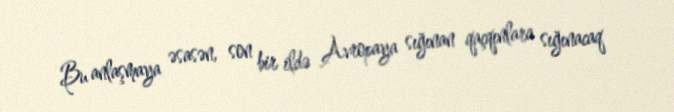
Bu anlaşmaya əsasən, son bir ildə Avropaya sığınan qaçqınlara sığınacaq